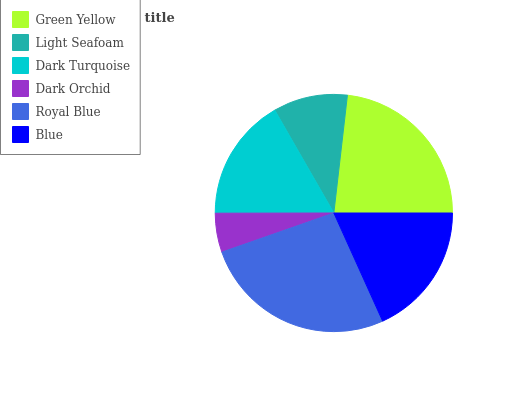
| Green Yellow | Light Seafoam | Dark Turquoise | Dark Orchid | Royal Blue | Blue |
 | --- | --- | --- | --- | --- | --- |
 | 23.2% | 10.1% | 16.7% | 5.31% | 26.4% | 18.3% |